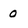
Character: 0